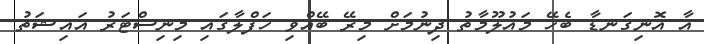
އާ އޮނިގަނޑާ ބެހޭ މައުލޫމާތު ދިނުމަށް މިރޭ ބޭއްވި ހަފްލާގައި މިނިސްޓަރު އައިޝަތު